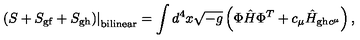
\left. \left( S + S _ { \mathrm { g f } } + S _ { \mathrm { g h } } \right) \right| _ { \mathrm { b i l i n e a r } } = \int d ^ { 4 } x \sqrt { - g } \left( { \Phi } \hat { H } { \Phi } ^ { T } + c _ { \mu } \hat { H } _ { \mathrm { g h } c ^ { \mu } } \right) ,